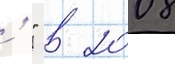
' " в 2008